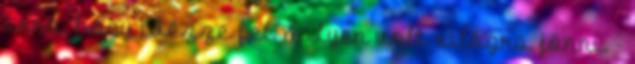
arra, hogy idézze fel, milyen volt világra jönni. -